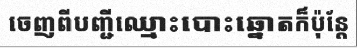
ចេញពីបញ្ជីឈ្មោះបោះឆ្នោតក៏ប៉ុន្តែ